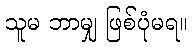
သူမ ဘာမျှ ဖြစ်ပုံမရ။